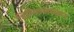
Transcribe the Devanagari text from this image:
बिस्मिल्लाखान